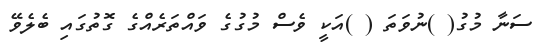
ސަނާ މުގު( )ނުވަތަ ( )އަކީ ވެސް މުގުގެ ވައްތަރެއްގެ ގޮތުގައި ބެލެވޭ